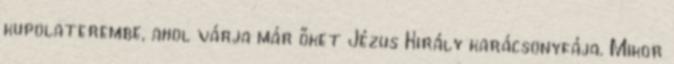
kupolaterembe, ahol várja már őket Jézus Király karácsonyfája. Mikor